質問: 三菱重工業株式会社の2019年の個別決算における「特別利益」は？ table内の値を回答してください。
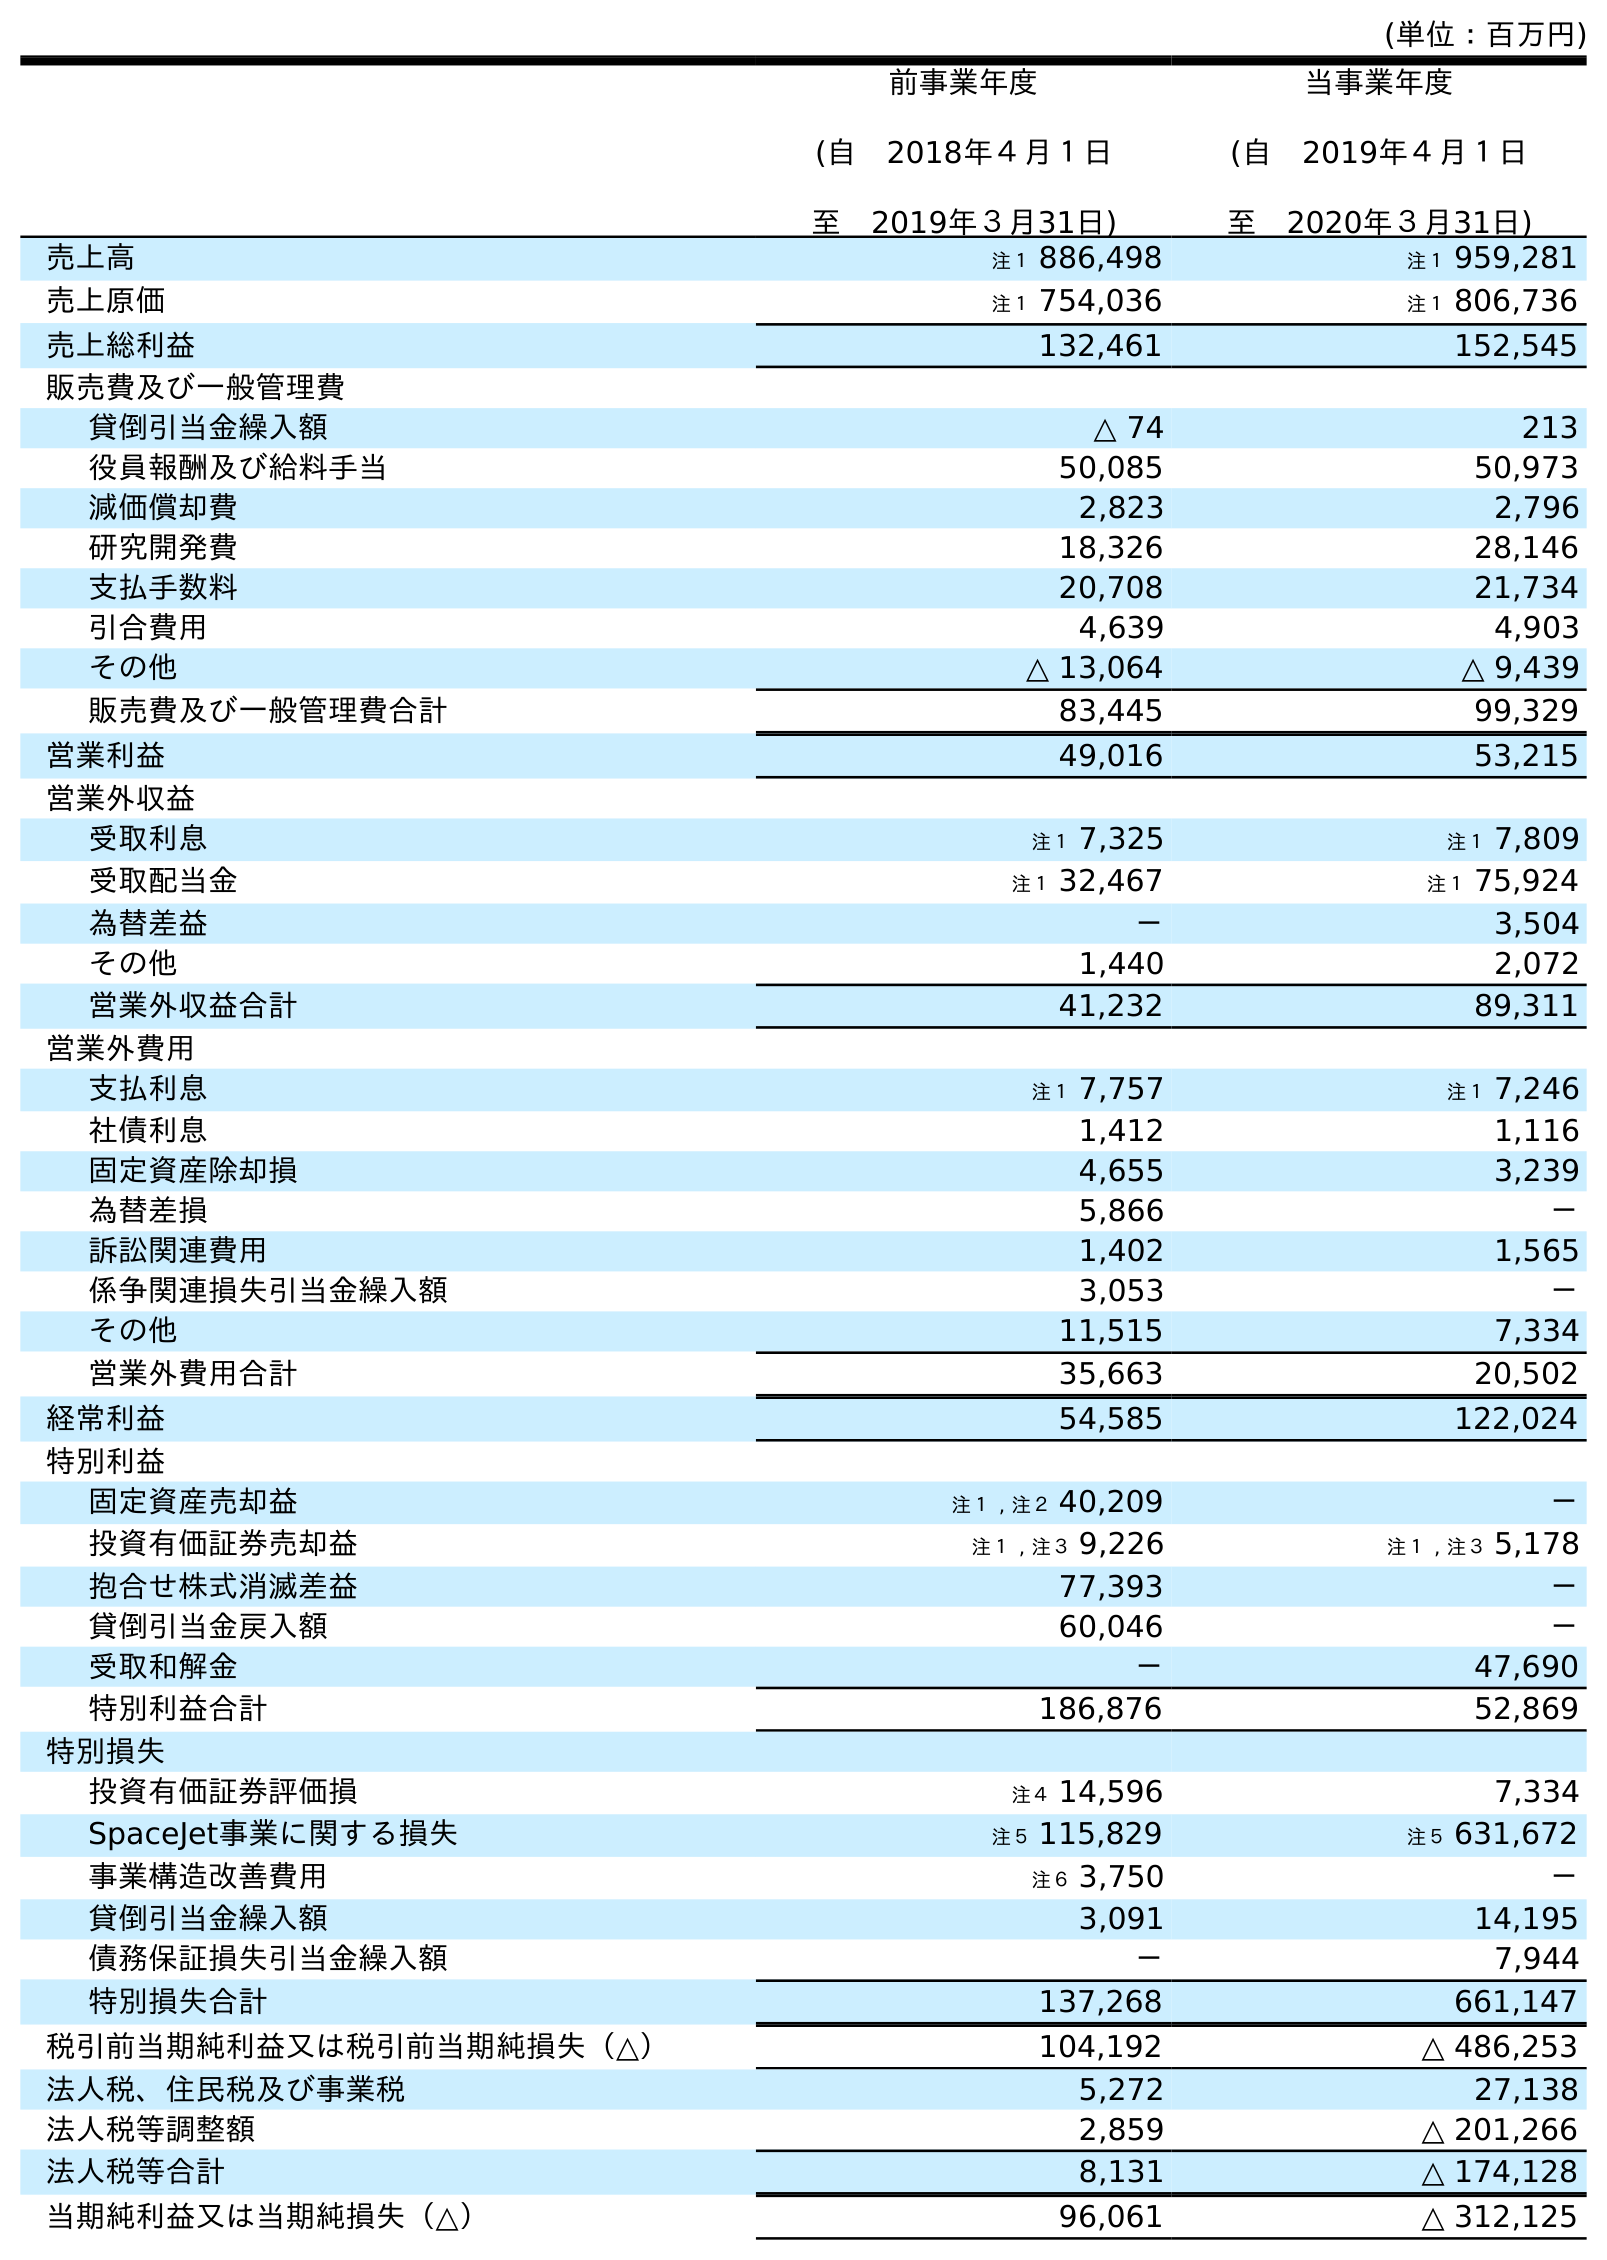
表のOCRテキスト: (単位：百万円) 前事業年度 (自 2018年４月１日 至 2019年３月31日) 当事業年度 (自 2019年４月１日 至 2020年３月31日) 売上高 注１ 886,498 注１ 959,281 売上原価 注１ 754,036 注１ 806,736 売上総利益 132,461 152,545 販売費及び一般管理費 貸倒引当金繰入額 △ 74 213 役員報酬及び給料手当 50,085 50,973 減価償却費 2,823 2,796 研究開発費 18,326 28,146 支払手数料 20,708 21,734 引合費用 4,639 4,903 その他 △ 13,064 △ 9,439 販売費及び一般管理費合計 83,445 99,329 営業利益 49,016 53,215 営業外収益 受取利息 注１ 7,325 注１ 7,809 受取配当金 注１ 32,467 注１ 75,924 為替差益 － 3,504 その他 1,440 2,072 営業外収益合計 41,232 89,311 営業外費用 支払利息 注１ 7,757 注１ 7,246 社債利息 1,412 1,116 固定資産除却損 4,655 3,239 為替差損 5,866 － 訴訟関連費用 1,402 1,565 係争関連損失引当金繰入額 3,053 － その他 11,515 7,334 営業外費用合計 35,663 20,502 経常利益 54,585 122,024 特別利益 固定資産売却益 注１ , 注２ 40,209 － 投資有価証券売却益 注１ , 注３ 9,226 注１ , 注３ 5,178 抱合せ株式消滅差益 77,393 － 貸倒引当金戻入額 60,046 － 受取和解金 － 47,690 特別利益合計 186,876 52,869 特別損失 投資有価証券評価損 注４ 14,596 7,334 SpaceJet事業に関する損失 注５ 115,829 注５ 631,672 事業構造改善費用 注６ 3,750 － 貸倒引当金繰入額 3,091 14,195 債務保証損失引当金繰入額 － 7,944 特別損失合計 137,268 661,147 税引前当期純利益又は税引前当期純損失（△） 104,192 △ 486,253 法人税、住民税及び事業税 5,272 27,138 法人税等調整額 2,859 △ 201,266 法人税等合計 8,131 △ 174,128 当期純利益又は当期純損失（△） 96,061 △ 312,125
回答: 186,876